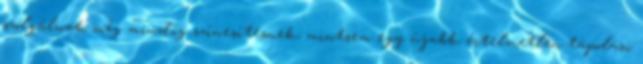
szolgálnak még mindig színesítésnek, mintsem egy újabb, értelmetlen tápolási